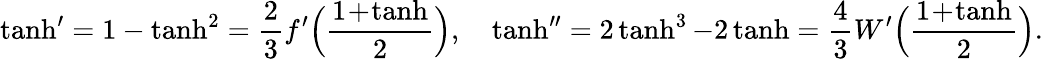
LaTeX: \operatorname{tanh}^{\prime}=1-\operatorname{tanh}^{2}=\frac 23f^{\prime}\Big(\frac{1\! +\! \operatorname{tanh}}2\Big),\quad\operatorname{tanh}^{\prime\prime}=2\operatorname{tanh}^{3}-2\operatorname{tanh}=\frac 43W^{\prime}\Big(\frac{1\! +\! \operatorname{tanh}}2\Big).